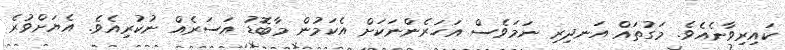
ކައިރިވާނެއެވެ. މަގުތައް އަނދިރި ނަމަވެސް އަހަރެންނަކަށް އެކަމުން މާބޮޑު އަސަރެއް ނުކުރިއެވެ. އެޔަށްވުރެ